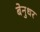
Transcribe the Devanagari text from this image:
बेनुधर